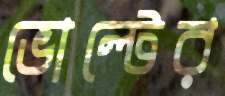
ভোল্টের